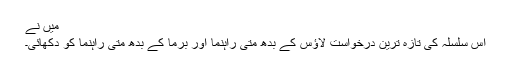
میں نے
اس سلسلہ کی تازہ ترین درخواست لاؤس کے بدھ متی راہنما اور برما کے بدھ متی راہنما کو دکھائی۔